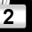
Digit: 2